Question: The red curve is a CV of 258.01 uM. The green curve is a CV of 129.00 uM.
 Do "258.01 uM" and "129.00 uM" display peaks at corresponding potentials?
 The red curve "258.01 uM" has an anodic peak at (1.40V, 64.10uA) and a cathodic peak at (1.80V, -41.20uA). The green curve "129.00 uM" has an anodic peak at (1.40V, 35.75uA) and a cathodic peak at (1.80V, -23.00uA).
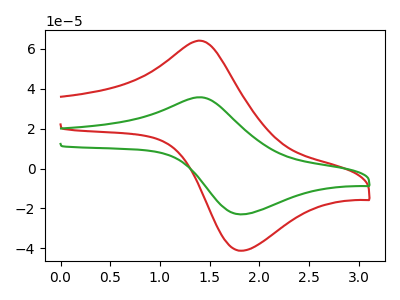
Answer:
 <answer>Yes, "258.01 uM" have a peak in "129.00 uM" at the same potential.</answer>
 <eval>match</eval>